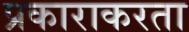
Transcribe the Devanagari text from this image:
प्रकाराकरता